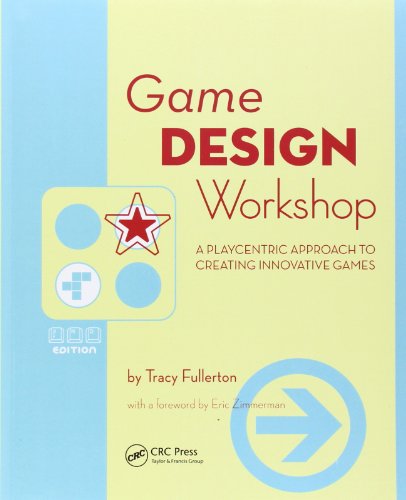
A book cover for Game Design Workshop: A Playcentric Approach to Creating Innovative Games; Tracy Fullerton; Computers & Technology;